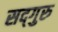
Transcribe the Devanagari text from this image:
सद्‍गुरु